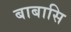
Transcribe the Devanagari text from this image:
बाबासि